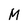
Character: M